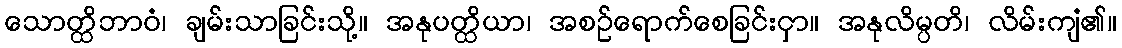
သောတ္ထိဘာဝံ၊ ချမ်းသာခြင်းသို့။ အနုပတ္ထိယာ၊ အစဉ်ရောက်စေခြင်းငှာ။ အနုလိမ္ပတိ၊ လိမ်းကျံ၏။